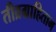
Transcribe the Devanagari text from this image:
तीव्रग्राहिताभ